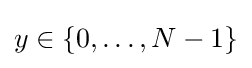
y\in \lbrace 0,\ldots ,N-1\rbrace